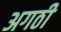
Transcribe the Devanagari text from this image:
अगठी